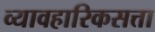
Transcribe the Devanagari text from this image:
व्यावहारिकसत्ता